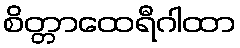
စိတ္တာထေရီဂါထာ